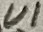
Text: U1